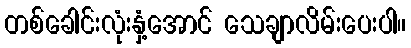
တစ်ခေါင်းလုံးနှံ့အောင် သေချာလိမ်းပေးပါ။